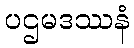
ပဌမဒဿနံ